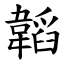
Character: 韜